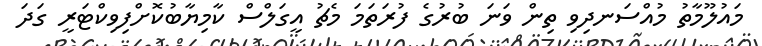
މައުލޫމާތު މުއްސަނދިވި ތިން ވަނަ ބުރުގެ ފުރަތަމަ މެޗު އީގަލްސް ކާމިޔާބުކޮށްފިވިކްޓަރީ ގަދަ